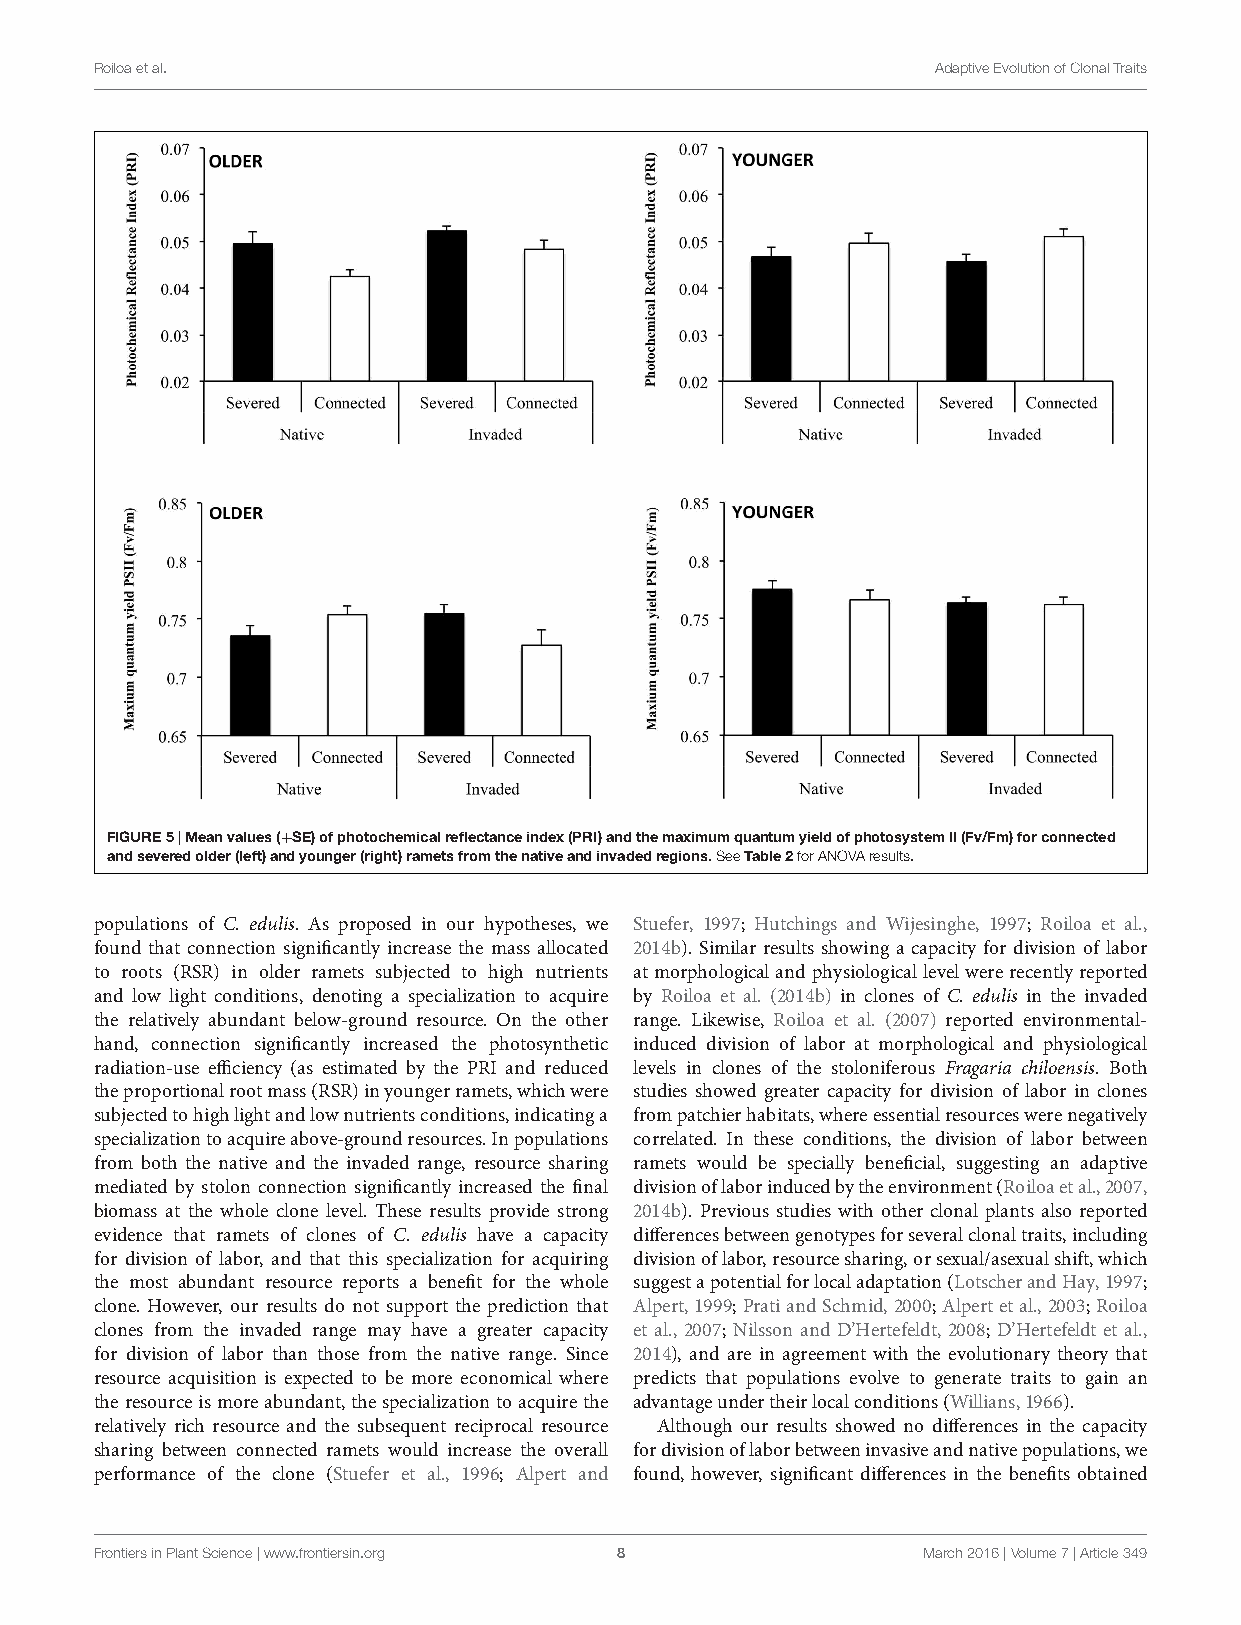
fpls-07-00349 March25,2016 Time:11:51 #8
 Roiloaetal.                                             AdaptiveEvolutionofClonalTraits
 FIGURE5|Meanvalues(+SE)ofphotochemicalreflectanceindex(PRI)andthemaximumquantumyieldofphotosystemII(Fv/Fm)forconnected
 andseveredolder(left)andyounger(right)rametsfromthenativeandinvadedregions.SeeTable2forANOVAresults.
 populations of C. edulis. As proposed in our hypotheses, we Stuefer, 1997; Hutchings and Wijesinghe, 1997; Roiloa et al.,
 found that connection significantly increase the mass allocated 2014b). Similar results showing a capacity for division of labor
 to roots (RSR) in older ramets subjected to high nutrients atmorphologicalandphysiologicallevelwererecentlyreported
 and low light conditions, denoting a specialization to acquire by Roiloa et al. (2014b) in clones of C. edulis in the invaded
 the relatively abundant below-ground resource. On the other range. Likewise, Roiloa et al. (2007) reported environmental-
 hand, connection significantly increased the photosynthetic induced division of labor at morphological and physiological
 radiation-use efficiency (as estimated by the PRI and reduced levels in clones of the stoloniferous Fragaria chiloensis. Both
 theproportionalrootmass(RSR)inyoungerramets,whichwere studies showed greater capacity for division of labor in clones
 subjectedtohighlightandlownutrientsconditions,indicatinga frompatchierhabitats,whereessentialresourceswerenegatively
 specializationtoacquireabove-groundresources.Inpopulations correlated. In these conditions, the division of labor between
 from both the native and the invaded range, resource sharing ramets would be specially beneficial, suggesting an adaptive
 mediated by stolon connection significantly increased the final divisionoflaborinducedbytheenvironment(Roiloaetal.,2007,
 biomass at the whole clone level. These results provide strong 2014b). Previous studies with other clonal plants also reported
 evidence that ramets of clones of C. edulis have a capacity differencesbetweengenotypesforseveralclonaltraits,including
 for division of labor, and that this specialization for acquiring divisionoflabor,resourcesharing,orsexual/asexualshift,which
 the most abundant resource reports a benefit for the whole suggestapotentialforlocaladaptation(LotscherandHay,1997;
 clone. However, our results do not support the prediction that Alpert,1999;PratiandSchmid,2000;Alpertetal.,2003;Roiloa
 clones from the invaded range may have a greater capacity et al., 2007; Nilsson and D’Hertefeldt, 2008; D’Hertefeldt et al.,
 for division of labor than those from the native range. Since 2014), and are in agreement with the evolutionary theory that
 resource acquisition is expected to be more economical where predicts that populations evolve to generate traits to gain an
 theresourceismoreabundant,thespecializationtoacquirethe advantageundertheirlocalconditions(Willians,1966).
 relatively rich resource and the subsequent reciprocal resource Although our results showed no differences in the capacity
 sharing between connected ramets would increase the overall fordivisionoflaborbetweeninvasiveandnativepopulations,we
 performance of the clone (Stuefer et al., 1996; Alpert and found, however, significant differences in the benefits obtained
 FrontiersinPlantScience|www.frontiersin.org 8          March2016|Volume7|Article349